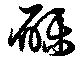
礫